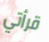
قرأتي